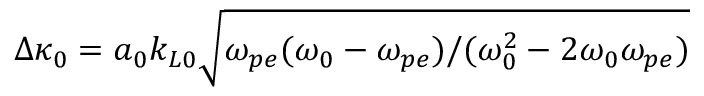
\Delta \kappa _ { 0 } = a _ { 0 } k _ { L 0 } \sqrt { \omega _ { p e } ( \omega _ { 0 } - \omega _ { p e } ) / ( \omega _ { 0 } ^ { 2 } - 2 \omega _ { 0 } \omega _ { p e } ) }